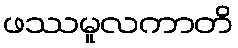
ဖဿမူလကာတိ